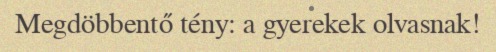
Megdöbbentő tény: a gyerekek olvasnak!